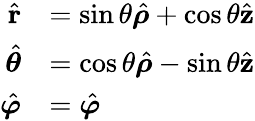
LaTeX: {\begin{array}{rl}{{\hat{\mathbf{r}}}}&{=\sin\theta{\hat{\boldsymbol{\rho}}}+\cos\theta{\hat{\mathbf{z}}}}\\ {{\hat{\boldsymbol{\theta}}}}&{=\cos\theta{\hat{\boldsymbol{\rho}}}-\sin\theta{\hat{\mathbf{z}}}}\\ {{\hat{\boldsymbol{\varphi}}}}&{={\hat{\boldsymbol{\varphi}}}}\end{array}}